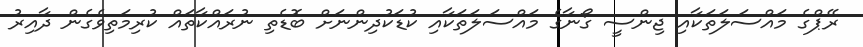
ރޭޕްގެ މައްސަލަތަކާއި ޖިންސީ ގޯނާގެ މައްސަލަތަކާއި ކުޑަކުދިންނަށް ބޮޑެތި ނުރައްކާތައް ކުރިމަތިވެގެން ދާއިރު